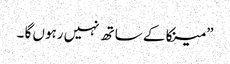
” مینکا کے ساتھ نہیں رہوں گا ۔